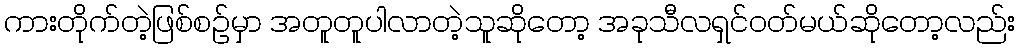
ကားတိုက်တဲ့ဖြစ်စဥ်မှာ အတူတူပါလာတဲ့သူဆိုတော့ အခုသီလရှင်ဝတ်မယ်ဆိုတော့လည်း